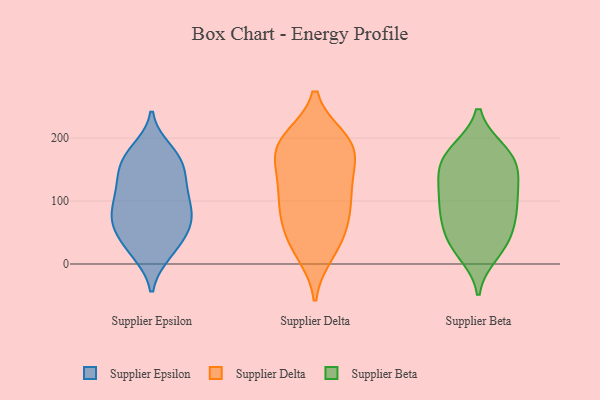
{"axis": {"x": "Humidity (%)", "y": "Value"}, "legend": ["Supplier Beta", "Supplier Delta", "Supplier Epsilon"], "data": [{"x": "", "y": 91, "type": "Supplier Epsilon"}, {"x": "", "y": 122, "type": "Supplier Epsilon"}, {"x": "", "y": 56, "type": "Supplier Epsilon"}, {"x": "", "y": 156, "type": "Supplier Epsilon"}, {"x": "", "y": 18, "type": "Supplier Epsilon"}, {"x": "", "y": 118, "type": "Supplier Epsilon"}, {"x": "", "y": 171, "type": "Supplier Epsilon"}, {"x": "", "y": 56, "type": "Supplier Epsilon"}, {"x": "", "y": 129, "type": "Supplier Epsilon"}, {"x": "", "y": 67, "type": "Supplier Epsilon"}, {"x": "", "y": 109, "type": "Supplier Epsilon"}, {"x": "", "y": 66, "type": "Supplier Epsilon"}, {"x": "", "y": 23, "type": "Supplier Epsilon"}, {"x": "", "y": 163, "type": "Supplier Epsilon"}, {"x": "", "y": 163, "type": "Supplier Epsilon"}, {"x": "", "y": 83, "type": "Supplier Epsilon"}, {"x": "", "y": 74, "type": "Supplier Epsilon"}, {"x": "", "y": 180, "type": "Supplier Epsilon"}, {"x": "", "y": 24, "type": "Supplier Epsilon"}, {"x": "", "y": 196, "type": "Supplier Delta"}, {"x": "", "y": 73, "type": "Supplier Delta"}, {"x": "", "y": 23, "type": "Supplier Delta"}, {"x": "", "y": 192, "type": "Supplier Delta"}, {"x": "", "y": 37, "type": "Supplier Delta"}, {"x": "", "y": 66, "type": "Supplier Delta"}, {"x": "", "y": 194, "type": "Supplier Delta"}, {"x": "", "y": 98, "type": "Supplier Delta"}, {"x": "", "y": 184, "type": "Supplier Delta"}, {"x": "", "y": 66, "type": "Supplier Delta"}, {"x": "", "y": 173, "type": "Supplier Delta"}, {"x": "", "y": 134, "type": "Supplier Delta"}, {"x": "", "y": 199, "type": "Supplier Delta"}, {"x": "", "y": 137, "type": "Supplier Delta"}, {"x": "", "y": 110, "type": "Supplier Delta"}, {"x": "", "y": 17, "type": "Supplier Delta"}, {"x": "", "y": 162, "type": "Supplier Delta"}, {"x": "", "y": 110, "type": "Supplier Delta"}, {"x": "", "y": 46, "type": "Supplier Beta"}, {"x": "", "y": 103, "type": "Supplier Beta"}, {"x": "", "y": 179, "type": "Supplier Beta"}, {"x": "", "y": 139, "type": "Supplier Beta"}, {"x": "", "y": 82, "type": "Supplier Beta"}, {"x": "", "y": 72, "type": "Supplier Beta"}, {"x": "", "y": 180, "type": "Supplier Beta"}, {"x": "", "y": 59, "type": "Supplier Beta"}, {"x": "", "y": 158, "type": "Supplier Beta"}, {"x": "", "y": 94, "type": "Supplier Beta"}, {"x": "", "y": 29, "type": "Supplier Beta"}, {"x": "", "y": 180, "type": "Supplier Beta"}, {"x": "", "y": 28, "type": "Supplier Beta"}, {"x": "", "y": 125, "type": "Supplier Beta"}, {"x": "", "y": 17, "type": "Supplier Beta"}, {"x": "", "y": 158, "type": "Supplier Beta"}, {"x": "", "y": 142, "type": "Supplier Beta"}, {"x": "", "y": 102, "type": "Supplier Beta"}]}